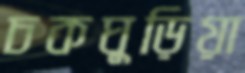
চকঘুড়িয়া